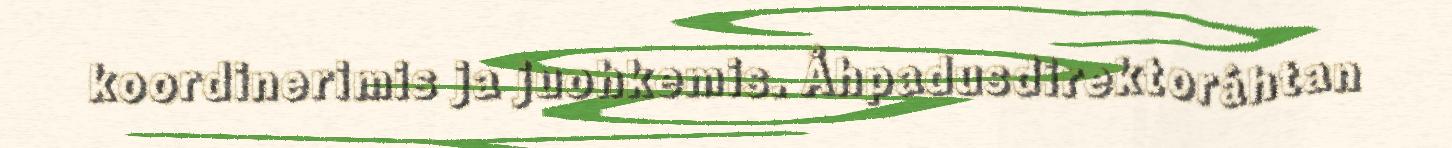
koordinerimis ja juohkemis. Åhpadusdirektoráhtan